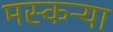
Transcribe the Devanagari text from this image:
मस्कऱ्या